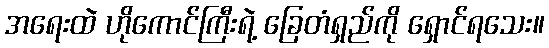
အရေးထဲ ဟိုကောင်ကြီးရဲ့ ခြေတံရှည်ကို ရှောင်ရသေး။